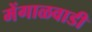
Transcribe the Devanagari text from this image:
मेंगाळवाडी